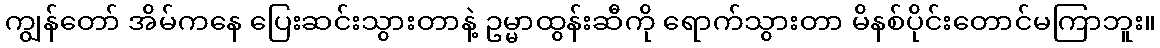
ကျွန်တော် အိမ်ကနေ ပြေးဆင်းသွားတာနဲ့ ဥမ္မာထွန်းဆီကို ရောက်သွားတာ မိနစ်ပိုင်းတောင်မကြာဘူး။